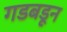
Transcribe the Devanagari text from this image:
गडबडून